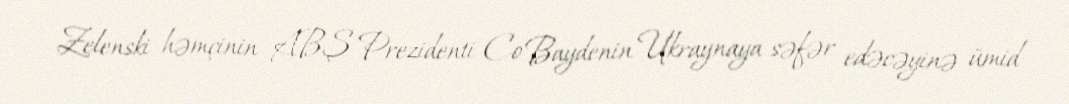
Zelenski həmçinin ABŞ Prezidenti Co Baydenin Ukraynaya səfər edəcəyinə ümid